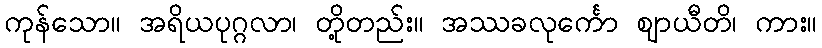
ကုန်သော။ အရိယပုဂ္ဂလာ၊ တို့တည်း။ အဿခလုင်္ကော ဈာယီတိ၊ ကား။